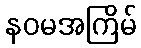
နဝမအကြိမ်